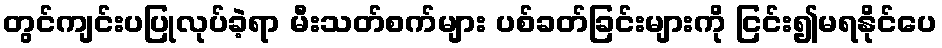
တွင်ကျင်းပပြုလုပ်ခဲ့ရာ မီးသတ်စက်များ ပစ်ခတ်ခြင်းများကို ငြင်း၍မရနိုင်ပေ